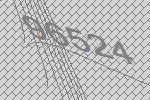
96524